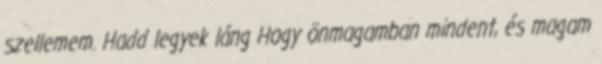
szellemem. Hadd legyek láng Hogy önmagamban mindent, és magam